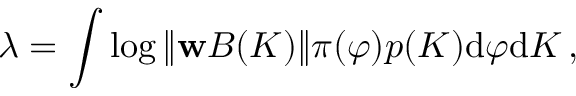
\lambda = \int \log \| { \bf w } { B ( K ) } \| \pi ( \varphi ) p ( K ) \mathrm { d } \varphi \mathrm { d } K \, ,